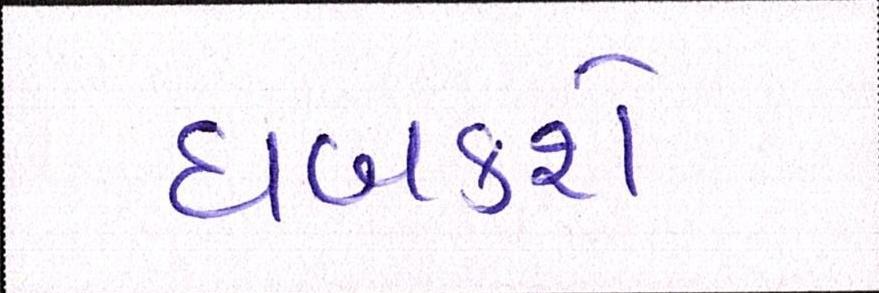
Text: ધબકશે